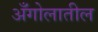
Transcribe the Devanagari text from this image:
अँगोलातील